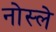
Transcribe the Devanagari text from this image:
नोस्ले